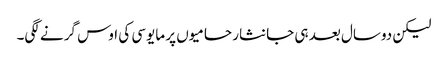
لیکن دوسال بعد ہی جانثار حامیوں پر مایوسی کی اوس گرنے لگی۔